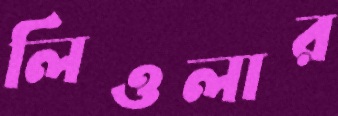
লিওলার